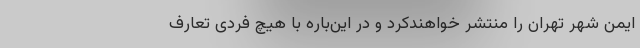
ایمن شهر تهران را منتشر خواهندکرد و در این‌باره با هیچ فردی تعارف